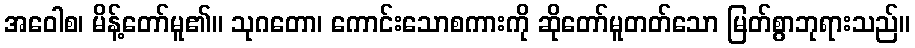
အဝေါစ၊ မိန့်တော်မူ၏။ သုဂတော၊ ကောင်းသောစကားကို ဆိုတော်မူတတ်သော မြတ်စွာဘုရားသည်။